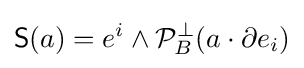
{\mathsf {S}}(a)=e^{i}\wedge {\mathcal {P}}_{B}^{\perp }(a\cdot \partial e_{i})